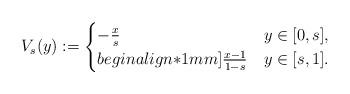
LaTeX: \begin{align*}V_s(y) :=\begin{cases}- \frac{x}{s} & y \in [0,s],\\begin{align*}1mm]\frac{x-1}{1-s} & y \in [s,1].\end{cases}\end{align*}